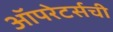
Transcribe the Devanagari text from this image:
ऑपरेटर्सची